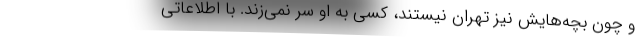
و چون بچه‌هایش نیز تهران نیستند، کسی به او سر نمی‌زند. با اطلاعاتی